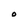
Character: O